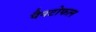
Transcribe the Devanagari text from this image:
पैनटोफल